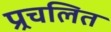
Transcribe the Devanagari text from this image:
प्र्रचलित